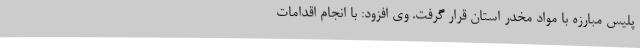
پلیس مبارزه با مواد مخدر استان قرار گرفت. وی افزود: با انجام اقدامات